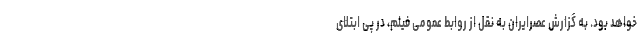
خواهد بود. به گزارش عصرایران به نقل از روابط عمومی فیلم، در پی ابتلای